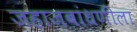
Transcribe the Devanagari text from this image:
जहाजबांधणीला